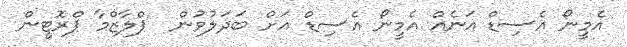
އެމީނޯ އެސިޑް އަނެއް އެމީނޯ އެސިޑް އަށް ބަދަލުވުން  ޕްލާޒްމާ ޕްރޮޓީން